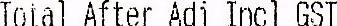
TOTAL AFTER ADJ INCL GST